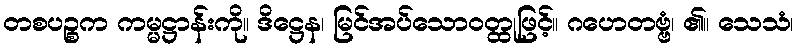
တစပဉ္စက ကမ္မဋ္ဌာန်းကို။ ဒိဋ္ဌေန၊ မြင်အပ်သောဝတ္ထုဖြင့်။ ဂဟေတဗ္ဗံ၊ ၏။ သေသံ၊